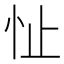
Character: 𪫣